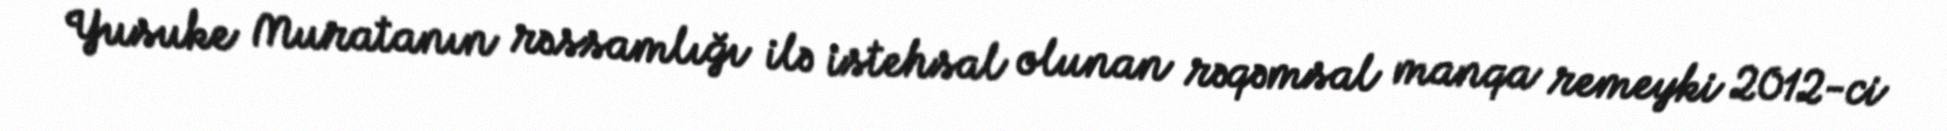
Yusuke Muratanın rəssamlığı ilə istehsal olunan rəqəmsal manqa remeyki 2012-ci